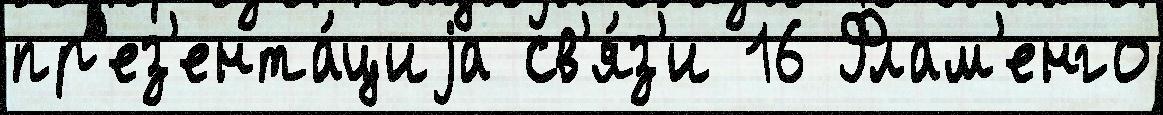
пр'ез'ента́циjа св'я́з'и 16 Флам'енго